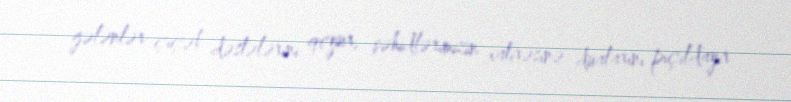
gələnlər çiçək dəstələrini qoyur, şəhidlərimizin xatirəsinə dualarını pıçıldayır